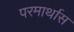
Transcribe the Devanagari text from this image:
परमार्थास